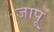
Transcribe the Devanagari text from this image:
जापू